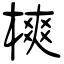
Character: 樉